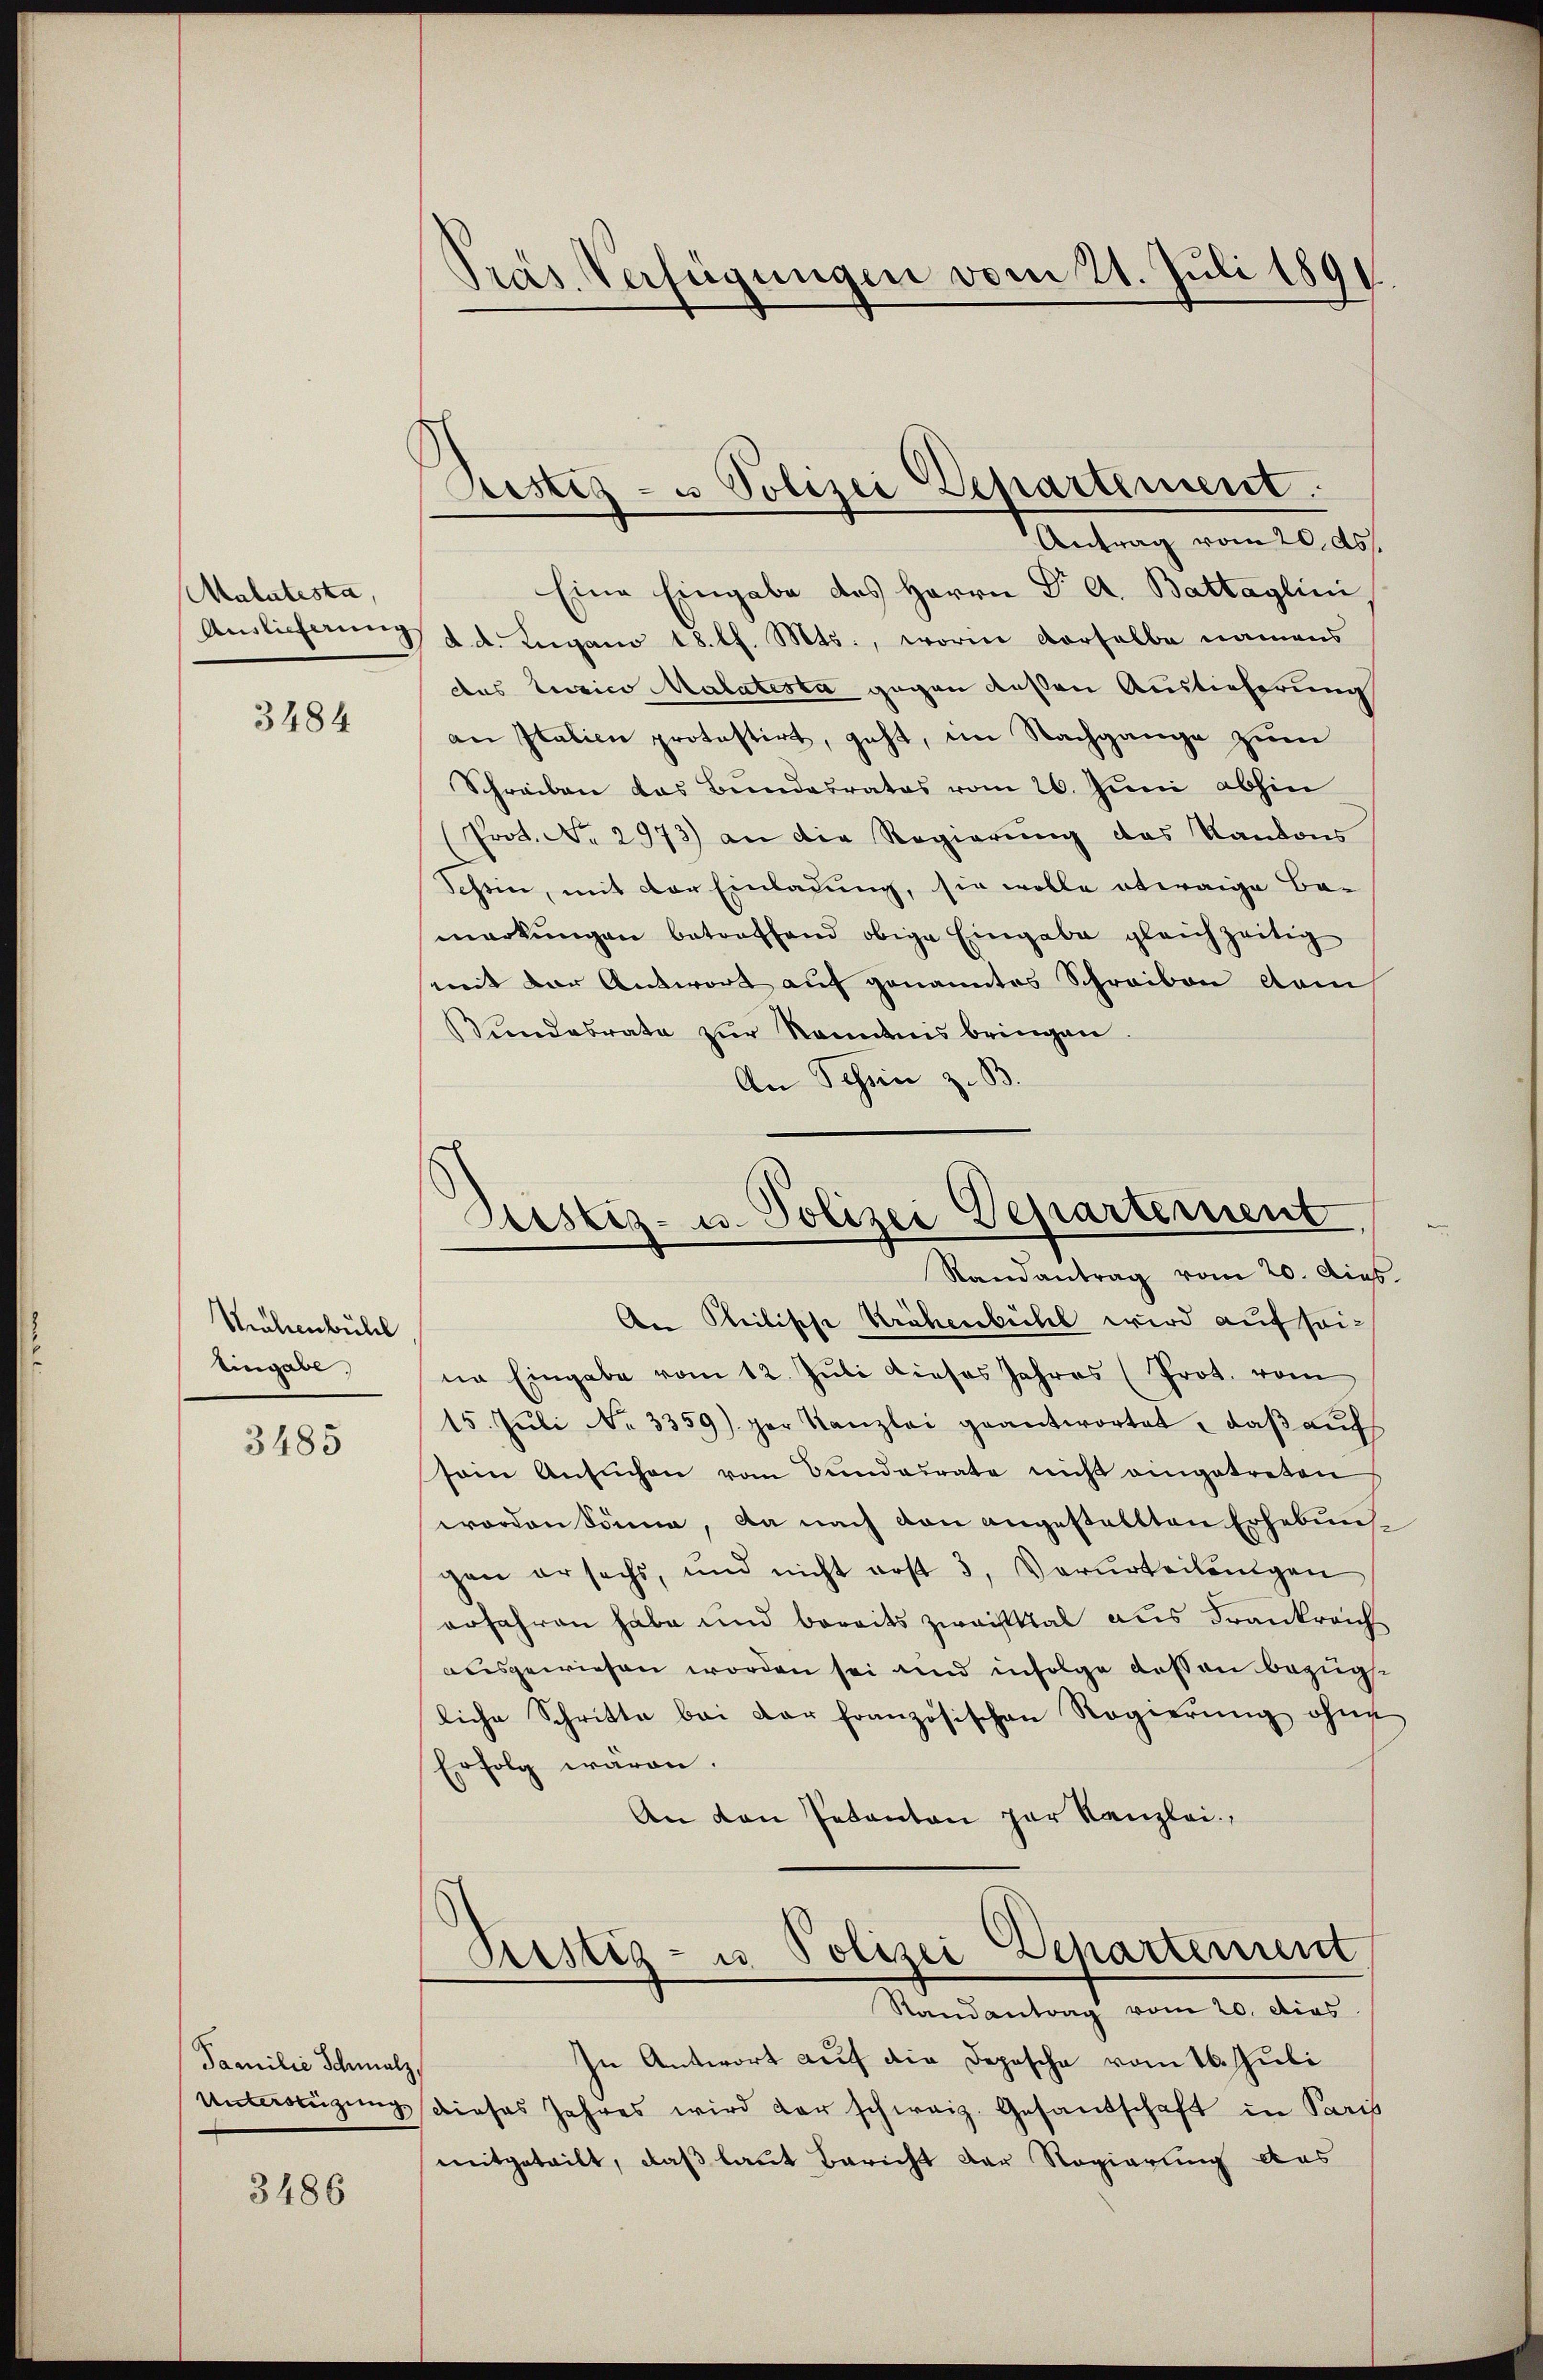
Malatesta,
3484

Möhenbühl
Eingabe

3485

Familie Schmalz,

3486

Pras. Verfügungen vom 21. Juli 1890.

Eine Eingabe des Herrn Dr A. Battaglini
Amlichnung d. d. Lugano 18. d. Mts., worin derselbe namens
das terrico Malatesta gegen dessen Auslieferung
an Italien protestirt, geht, im Nachgange zum
Schreiben das Bundesrates vom 26. Juni abhin
Prot. No. 2973) an die Regierung des Kantons
Schein, mit der Einladung, sie wolle etwaige Be-
markungen betreffend obige Eingabe gleichzeitig
mit der Antwort auf genanntes Schreiben dam
Bŭndesrate zŭr Kenntnis bringen.
An Schön z. B.

Bestig - u Polizei Departement.
Antrag vom 20. ds.

Dustiz- u. Polizei Departement,
Randantrag vom 20. dies.

An leitische Krähenbühl wird auf seine Eingabe vom 12. Juli dieses Jahres (Prot. vom
15. Jŭli No 3359) der Kanzlei geantwortet, daß auf
sein Ansuchen vom Bundesrate nicht eingetreten
worden könne, da nach von angestellten Erhebung
gen ersechs, und nicht erst 3, Verurteilungen
erfahren habe und bereits zwaisttal aus Frankreich
ausgewiesen worden sei und infolge dessen bezügliche Schritte bei der französischen Regierŭng ohne
Erfolg wären.
An den Petenten zur Kanzlei,

Ristiz- u Polizei Departement

Randantrag vom 20. dies
In Antwort auf die Depesche vom 16. Juli
Unterregungsschieses Jahres wird der schweiz. Gesandschaft in Paris
mitgeteilt, daß laut Bericht der Regierung das